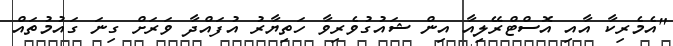
"އެމެރިކާ އާއި އޮސްޓްރޭލިއާ އިން ޝައުގުވެރިވާ ހަތިޔާރު އުފައްދާ ވަރަށް ގިނަ ގައުމުތައް